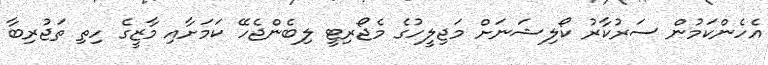
އެހެންކަމުން ސަރުކާރު ކޯލިޝަނަށް މަޖިލީހުގެ މެޖޯރިޓީ ލިބެންޖެހޭ ކަމަށާއި މާޒީގެ ހިތި ތަޖުރިބާ